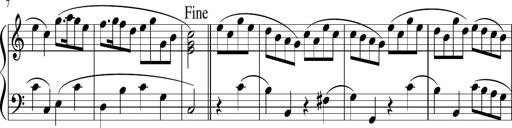
Title: 12 Keyboard Sonatinas
Composer: James Hook